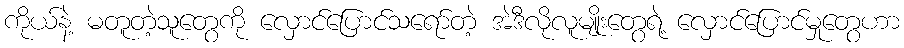
ကိုယ်နဲ့ မတူတဲ့သူတွေကို လှောင်ပြောင်သရော်တဲ့ အဲဒီလိုလူမျိုးတွေရဲ့ လှောင်ပြောင်မှုတွေဟာ